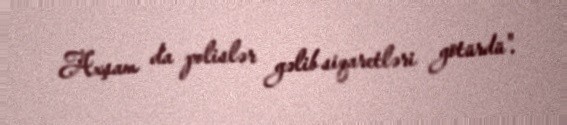
Axşam da polislər gəlib siqaretləri götürdü".